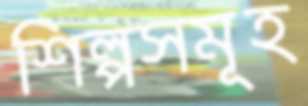
শিল্পসমূহ